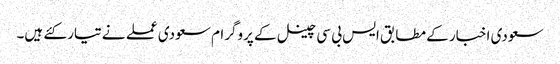
سعودی اخبار کے مطابق ایس بی سی چینل کے پروگرام سعودی عملے نے تیار کئے ہیں۔